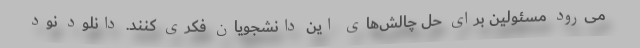
می‌رود مسئولین برای حل چالش‌های این دانشجویان فکری کنند. دانلود نود